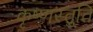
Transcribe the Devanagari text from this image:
कृष्णस्तुति